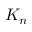
K _ { n }